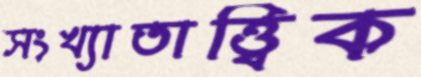
সংখ্যাতাত্ত্বিক